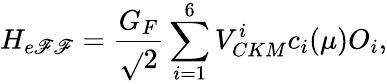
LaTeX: H_{e\mathscr{F}\mathscr{F}}={\frac{{G_{F}}}{{\sqrt{}{2}}}}\sum_{i=1}^{6}V_{CKM}^{i}c_{i}(\mu)O_{i},